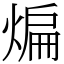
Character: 煸